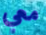
معي